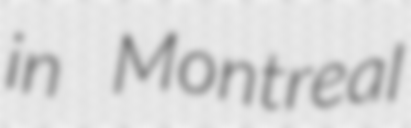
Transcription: in Montreal